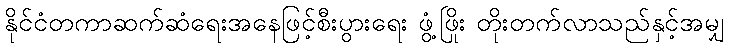
နိုင်ငံတကာဆက်ဆံရေးအနေဖြင့်စီးပွားရေး ဖွံ့ဖြိုး တိုးတက်လာသည်နှင့်အမျှ